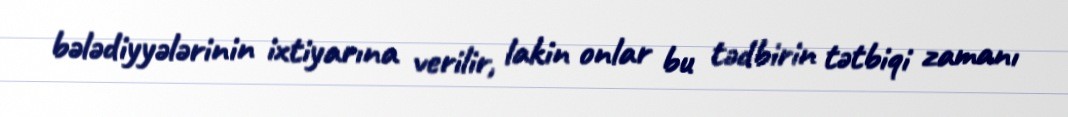
bələdiyyələrinin ixtiyarına verilir, lakin onlar bu tədbirin tətbiqi zamanı